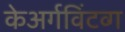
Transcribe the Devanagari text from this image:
केअर्गविंटव्ग